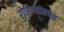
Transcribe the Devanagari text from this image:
रोहिण्यांमधून